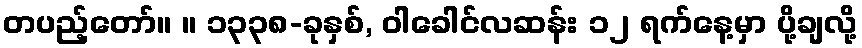
တပည့်တော်။ ။ ၁၃၃၈-ခုနှစ်, ဝါခေါင်လဆန်း ၁၂ ရက်နေ့မှာ ပို့ချလို့